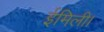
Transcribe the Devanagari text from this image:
ईमिली।